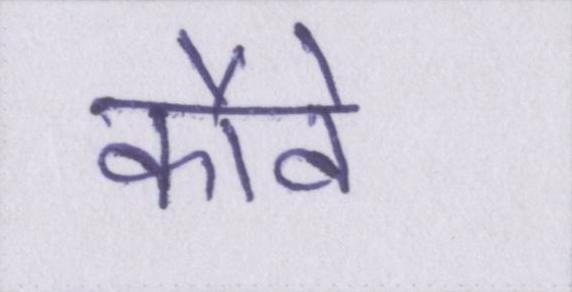
कौवे